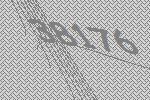
38176